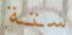
ستة